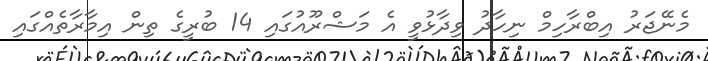
މެނޭޖަރު އިބްރާހިމް ނިހާދު ވިދާޅުވީ އެ މަޝްރޫއުގައި 14 ބުރީގެ ތިން އިމާރާތެއްގައި